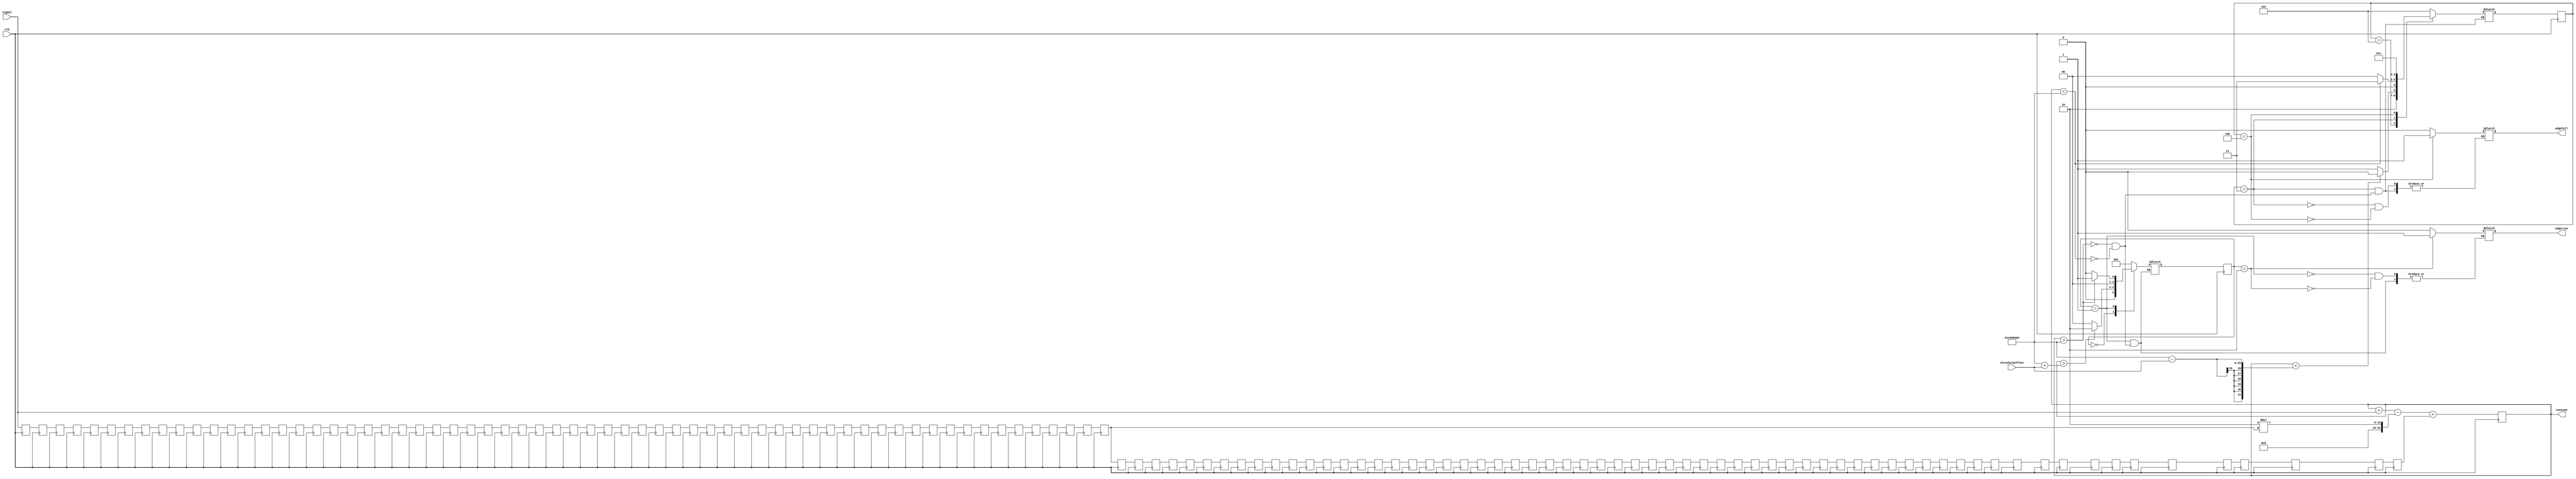
`timescale 1ns / 1ps
//////////////////////////////////////////////////////////////////////////////////
// Company: Brown University
// 
// Design Name: 
// Module Name:    EdgeDetParameterized 
// Project Name: 
// Target Devices: 
// Tool versions: 
// Description: Parameterized edge detector - the width of the filter (n) can be changed
//						without the need to adjust the rest of the code. 
//						It will output a single pulse for each rising and falling edge detection.
//
// Dependencies: 
//
// Revision: 
// Revision 0.01 - File Created
// Additional Comments: 
//
//////////////////////////////////////////////////////////////////////////////////

module EdgeDetParametrized(
		input wire clk,
		input wire [13:0] signal,
		output reg edgerise, 
	  // output reg edgerise_to_FSM,
		output reg edgefall,
   	//output reg edgefall_to_FSM,
		input wire [15:0] thresholdoffset,
		output reg [31:0] convsum	//For debug
    ); 

reg [4:0] risedelay;



	parameter risecome = 2'b00;
   parameter risemaintain = 2'b01;

 reg [1:0] nextstaterise;
 reg [1:0] staterise;
 reg edgerisemaintain;



reg [4:0] falldelay;

	parameter fallcome = 2'b00;
   parameter fallmaintain = 2'b01;

 reg [1:0] nextstatefall;
 reg [1:0] statefall;
 reg edgefallmaintain;


// =======================================================================================
//FSM states
parameter hold = 3'b000,low = 3'b001,high = 3'b010,low_fall = 3'b011, high_fall = 3'b100, hold_fall = 3'b101;
reg [2:0]	state,st;
reg [2:0]	next_state,nst;
// =======================================================================================

// =======================================================================================
//Parameters for the edge detector
parameter n = 128; //width of filter (even value)
parameter offset = 32'd2**24; //Offset for the output signal so the signal does not go below zero 

reg [31:0] shiftreg [n:1];	// nx32 bit shift register 
integer y;	//Variable used to save the delayed signals in specific registers
// =======================================================================================

// =======================================================================================
// Initializing the convsum and shift registers
initial begin
	convsum = offset;	//initialize convsum with the offset
	
	//for loop to initialize all shift registers to zero
	for (y = n; y >= 1; y = y - 1) begin
		shiftreg[y] = 0;
	end
end

// =======================================================================================


wire [31:0] signal32 = {18'b0,signal};	//Incoming signal


// =======================================================================================
/*
The code here was:


wire [31:0] posthreshold = offset + (100*n);	    //100*n to detect a 100mV step
wire [31:0] negthreshold = offset - (100*n); 
*/
wire [31:0] posthreshold = offset + thresholdoffset;	    //100*n to detect a 100mV step
wire [31:0] negthreshold = offset - thresholdoffset; 
// =======================================================================================

always @ (posedge clk) begin

	shiftreg [n] <= signal32;	//Shift in the incoming signal
		
	//For loop to 'delay signal' by saving it in different registers		
	//For loop in Verilog HDL does a combinatorial process (in one clock cycle)
	for (y = (n-1); y >= 1; y = y - 1) begin
		shiftreg[y] <= shiftreg[y+1];
	end

	//Iterative function to add/subtract the delayed signals
	convsum <= convsum + signal32 - (2 * shiftreg[(n/2)+1]) + shiftreg[1];
	
end


// Rising Edge Detector
always @ (posedge clk) 
begin
	state <= next_state;
end
	always @ (state) begin

		case(state)
			//Constantly checks to see if the convsum output is above the posthreshold
			//if it is not, it will hold the output signal at low
			hold:		if (convsum > posthreshold) begin	
							next_state <= high;																		 
						end else begin
							edgerise <= edgerise;
							next_state <= hold;
						end
						
			//Output signal stays low as long as the convsum output is around the offset			
			 low: 	if (convsum > offset) begin 
							edgerise <= 1'b0;
							next_state <= low;
						end else if (convsum < offset) begin
							edgerise <= 1'b0;
							next_state <= hold;
						end	
							
				//Output signal goes high when edge is detected			
				high: 	begin
							edgerise <= 1'b1;
							next_state <= low;
							end 

			default: next_state <= low;
		endcase
end

//Falling Edge Detector





always @ (posedge clk) 
	st <= nst;
	
	always @ (st) begin

		case(st)
	//Constantly checks to see if the convsum output is below the negthreshold
	//if it is not, it will hold the output signal at low	
	hold_fall:		if (convsum < negthreshold) begin	
							nst <= high_fall;
						end else begin
							edgefall <= edgefall;
							nst <= hold_fall;
						end
						
	//Output signal stays low as long as the convsum output is around the offset									
	low_fall:		if (convsum < offset) begin  
							edgefall <= 1'b0;
							nst <= low_fall;
						end else if (convsum > offset) begin  
							edgefall <= 1'b0;
							nst <= hold;
						end		

	//Output signal goes high when edge is detected	
	high_fall:		begin
							edgefall <= 1'b1;
							nst <= low_fall;
						end
			default: nst <= hold_fall;
		endcase
end

//----------------------------------------------------------------------------------------------------------------------------------------------------
/*

initial begin
edgerise_to_FSM<=1'b0;
edgefall_to_FSM<=1'b0;
end
 
		always @ (posedge clk) begin
         staterise <= nextstaterise;
			if (edgerise == 1'b1) begin
			edgerisemaintain <= 1'b1;
			end
		


	case (staterise)
       risecome : 
				begin
               if (edgerisemaintain == 1'b0) begin
                  nextstaterise <= risecome;
               end else begin 
						nextstaterise <= risemaintain;
						risedelay <= 5'd1;
						edgerise_to_FSM<= 1'b1;
					end
            end
				
       risemaintain : 
				begin
						risedelay <= risedelay - 1;
               if (risedelay != 5'b00000) begin
                  nextstaterise <= risemaintain;
               end else begin
                  nextstaterise <= risecome;
						edgerise_to_FSM<= 1'b0;
						risedelay <= 5'b00000;
						edgerisemaintain <= 1'b0;
					end
				end
	endcase
end


//------------------------------------------------------------------------------------------------------------------
		always @ (posedge clk) begin
         statefall <= nextstatefall;
			if (edgefall == 1'b1) begin
			edgefallmaintain <= 1'b1;
			end
		


	case (statefall)
       fallcome : 
				begin
               if (edgefallmaintain == 1'b0) begin
                  nextstatefall <= fallcome;
               end else begin 
						nextstatefall <= fallmaintain;
						falldelay <= 5'd1;
						edgefall_to_FSM<= 1'b1;
					end
            end
				
       fallmaintain : 
				begin
						falldelay <= falldelay - 1;
               if (falldelay != 5'b00000) begin
                  nextstatefall <= fallmaintain;
               end else begin
                  nextstatefall <= fallcome;
						edgefall_to_FSM<= 1'b0;
						falldelay <= 5'b00000;
						edgefallmaintain <= 1'b0;
					end
				end
	endcase
end
*/


endmodule